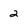
Character: 2